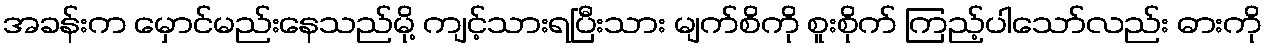
အခန်းက မှောင်မည်းနေသည်မို့ ကျင့်သားရပြီးသား မျက်စိကို စူးစိုက် ကြည့်ပါသော်လည်း ဓားကို